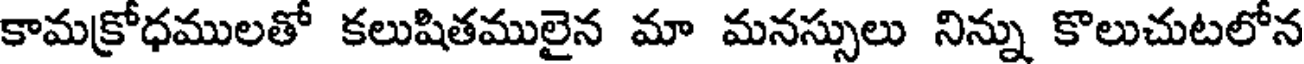
కామక్రోధములతో కలుషితములైన మా మనస్సులు నిన్ను కొలుచుటలోన